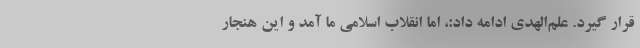
قرار گیرد. علم‌الهدی ادامه داد:، اما انقلاب اسلامی ما آمد و این هنجار